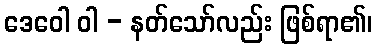
ဒေဝေါ ဝါ - နတ်သော်လည်း ဖြစ်ရာ၏၊